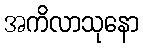
အကိလာသုနော